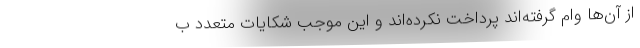
از آن‌ها وام گرفته‌اند پرداخت نکرده‌اند و این موجب شکایات متعدد ب